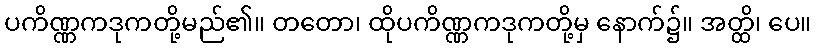
ပကိဏ္ဏကဒုကတို့မည်၏။ တတော၊ ထိုပကိဏ္ဏကဒုကတို့မှ နောက်၌။ အတ္ထိ၊ ပေ။